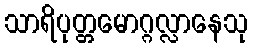
သာရိပုတ္တမောဂ္ဂလ္လာနေသု